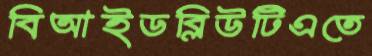
বিআইডব্লিউটিএতে